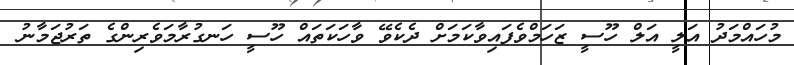
މުހައްމަދު އަލީ އަލް ހޫސީ ޒަހަމްވެފައިވާކަމަށް ދެކެވޭ ވާހަކަތައް ހޫސީ ހަނގުރާމަވެރިންގެ ތަރުޖަމާނު